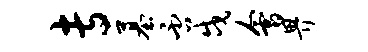
专墓否戍会畀